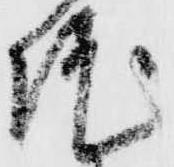
院